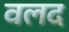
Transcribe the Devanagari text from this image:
वलद